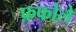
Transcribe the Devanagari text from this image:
फ़फोले